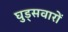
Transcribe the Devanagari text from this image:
घुड्सवारों